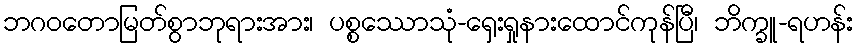
ဘဂဝတောမြတ်စွာဘုရားအား၊ ပစ္စဿောသုံ-ရှေးရှုနားထောင်ကုန်ပြီ၊ ဘိက္ခူ-ရဟန်း